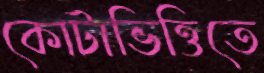
কোটাভিত্তিতে